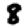
Digit: 8